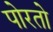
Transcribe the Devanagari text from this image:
पोरतो